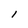
Character: l